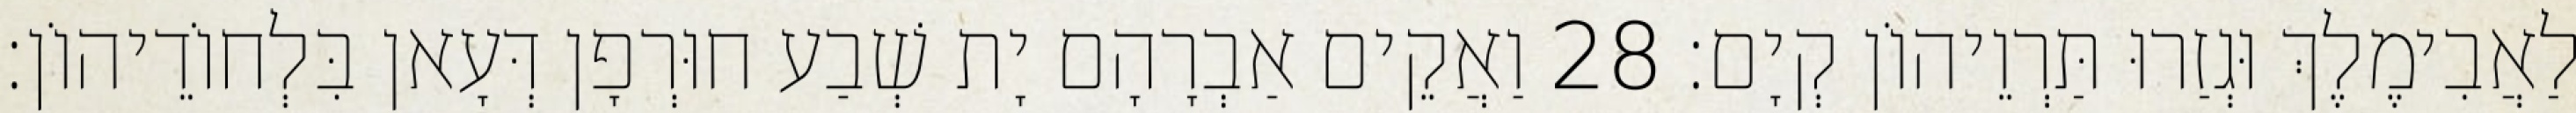
לַאֲבִימֶלֶךְ וּגְזַרוּ תַּרְוֵיהוֹן קְיָם׃ 28 וַאֲקֵים אַבְרָהָם יָת שְׁבַע חוּרְפָן דְּעָאן בִּלְחוֹדֵיהוֹן׃